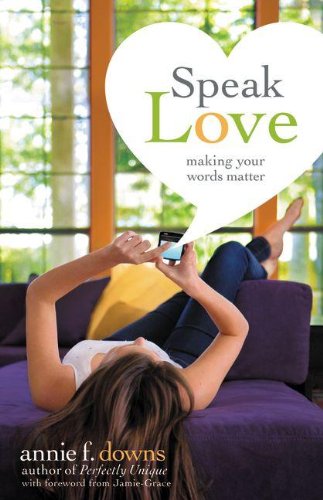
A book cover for Speak Love: Making Your Words Matter; Annie F. Downs; Christian Books & Bibles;